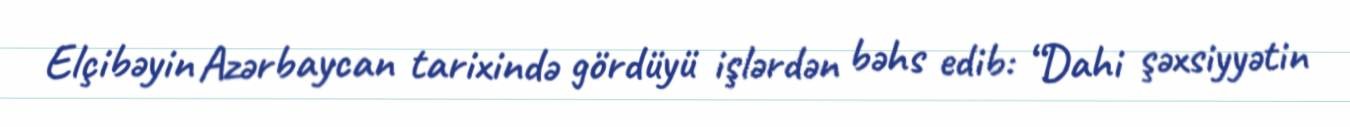
Elçibəyin Azərbaycan tarixində gördüyü işlərdən bəhs edib: “Dahi şəxsiyyətin